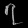
Digit: ၇